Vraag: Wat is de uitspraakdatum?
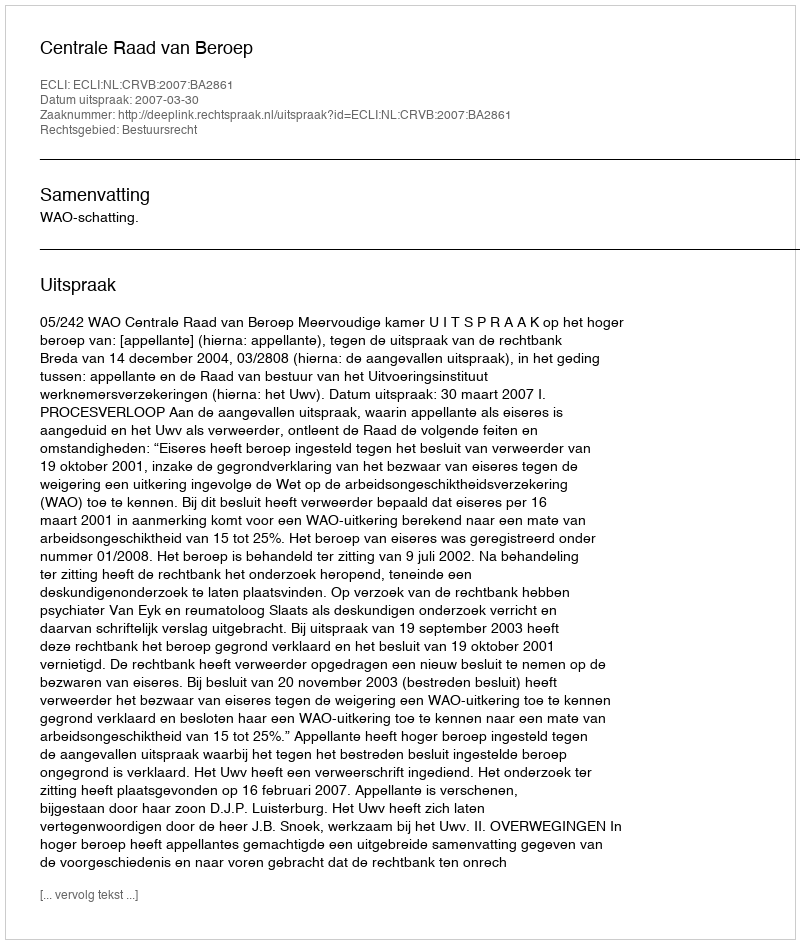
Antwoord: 2007-03-30